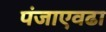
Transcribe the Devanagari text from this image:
पंजाएवढा